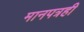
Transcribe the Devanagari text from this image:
मानपत्रही